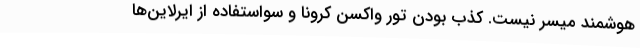
هوشمند میسر نیست. کذب بودن تور واکسن کرونا و سواستفاده از ایرلاین‌ها